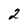
Character: 2